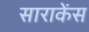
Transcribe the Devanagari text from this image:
साराकेंस